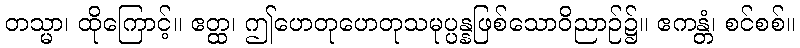
တသ္မာ၊ ထိုကြောင့်။ ဧတ္ထ၊ ဤဟေတုဟေတုသမုပ္ပန္နဖြစ်သောဝိညာဉ်၌။ ဧကန္တံ၊ စင်စစ်။